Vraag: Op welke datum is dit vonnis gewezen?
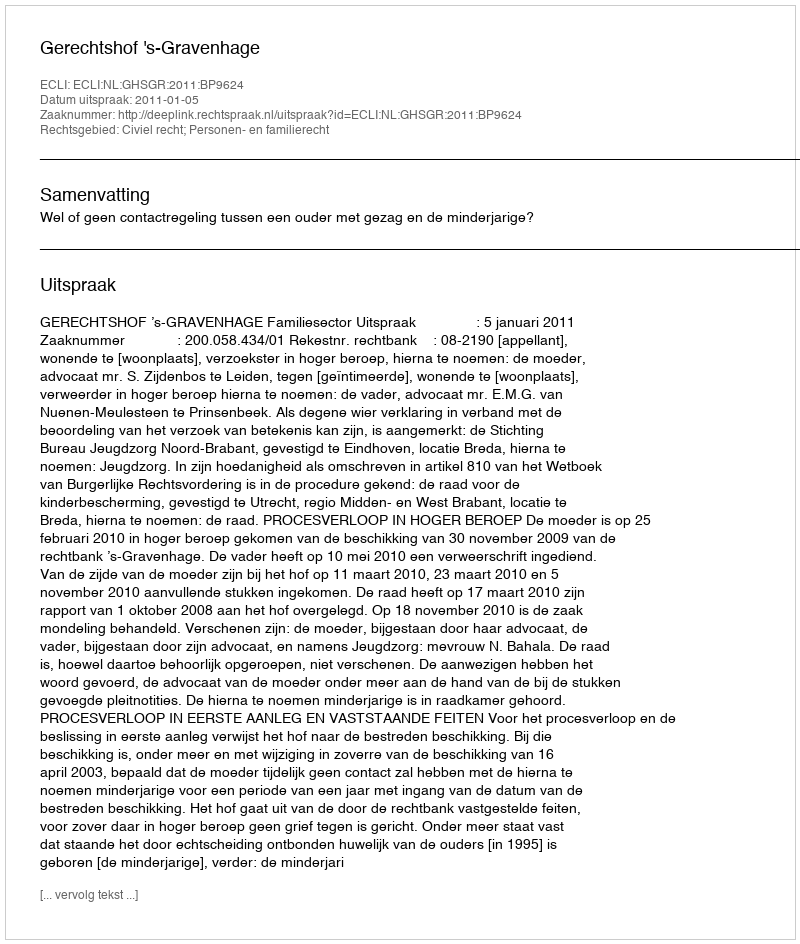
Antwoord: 2011-01-05